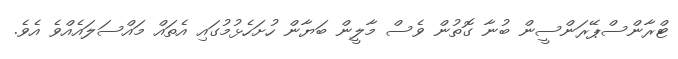
ޓްރާންސްޕޭރަންސީން ބުނާ ގޮތުން ވެސް މާލީން ބަޔާން ހުށަހެޅުމުގައި އެތައް މައްސަލައެއްވެ އެވެ.